Civil Veterinary Department. Madras. Admin. report 1926-33 - 1926-1933
Year: 1926
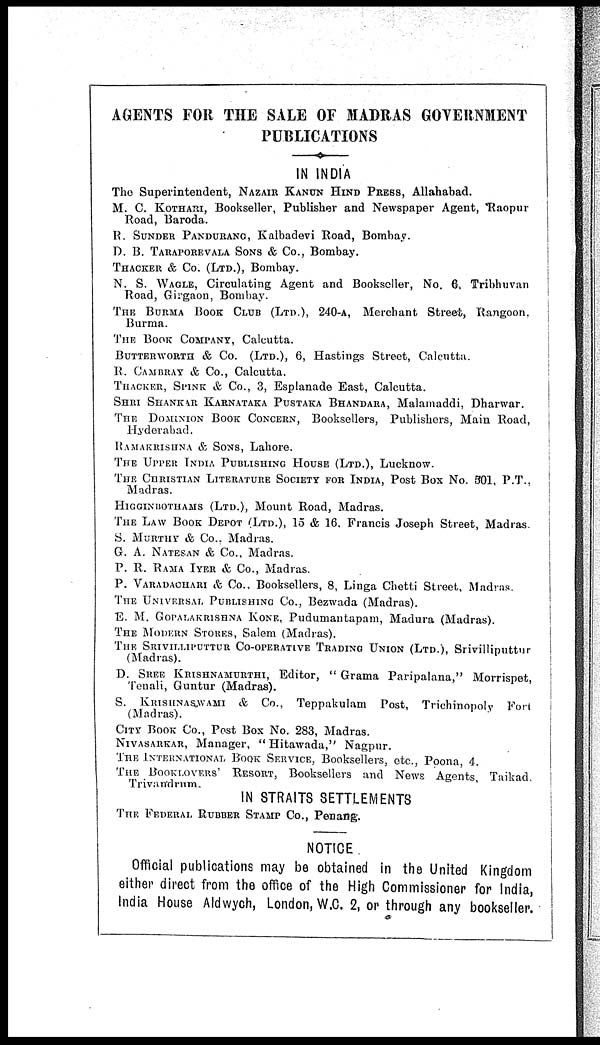
AGENTS FOR THE SALE OF MADRAS GOVERNMENT
PUBLICATIONS
IN INDIA
The Superintendent, NAZAIR KANUN HIND PRESS, Allahabad.
M. C. KOTHARI, Bookseller, Publisher and Newspaper Agent, Raopur
Road, Baroda.
R. SUNDER PANDURANG, Kalbadevi Road, Bombay.
D. B. TARAPOREVALA SONS & Co., Bombay.
THACKER & Co. (LTD.), Bombay.
N. S. WAGLE, Circulating Agent and Bookseller, No. 6. Tribhuvan
Road, Girgaon, Bombay.
THE
BURMA
BOOK
CLUB
(LTD.), 240-A,
Merchant Street,
Rangoon.
Burma.
THE BOOK COMPANY, Calcutta.
BUTTERWORTH
& Co. (LTD.), 6, Hastings Street, Calcutta.
R. CAMBRAY & Co., Calcutta.
THACKER, SPINK & Co., 3, Esplanade East, Calcutta.
SHRI
SHANKAR
KARNATAKA
PUSTAKA
BHANDARA, Malamaddi, Dharwar.
THE DOMINION BOOK CONCERN, Booksellers, Publishers, Main Road,
Hyderabad.
RAMAKRISHNA
& SONS, Lahore.
THE UPPER INDIA PUBLICATION HOUSE (LTD.), Lucknow.
THE CHRISTIAN LITERATURE SOCIETY FOR INDIA, Post Box No. 501, P.T.,
Madras.
HIGGINBOTHAMS
(LTD.), Mount Road, Madras.
THE LAW BOOK DEPOT (LTD.), 15 & 16, Francis Joseph Street, Madras.
S. MURTHY & Co., Madras.
G. A. NATESAN & Co., Madras.
P. R. RAMA IYER & Co., Madras.
P. VARDACHARI & Co., Booksellers, 8, Linga Chetti Street, Madras.
THE UNIVERSAL PUBLICATION Co., Bezwada (Madras).
E. M. GOPALAKRISHNA KONE, Pudumantapam, Madura (Madras).
THE MODERN STORES, Salem (Madras).
THE
SRIVILLIPUTTER
CO-OPERATIVE
TRADING
UNION
(LTD.), Srivilliputtur
(Madras).
D. SREE KRISHNAMURTI, Editor, " Grama Paripalana," Morrispet,
Tenali, Guntur (Madras).
S.
KRISHNAMURTHI
& Co., Teppakulam Post, Trichinopoly
Fori
(Madras).
CITY BOOK Co., Post Box No. 283, Madras.
NIVASARKAR, Manager, " Hitawada," Nagpur.
THE IINTERNATIONAL BOOK SERVICE, Booksellers, etc., Poona, 4.
THE BOOKLOVERS' RESORT, Booksellers and News Agents, Taikad.
Trivandrum.
IN STRAITS SETTLEMENTS
THE FEDERAL RUBBER STAMP Co., Penang.
NOTICE .
Official publications may be obtained in the United Kingdom
either direct from the office of the High Commissioner for India,
India House Aldwych, London, W.C. 2, or through any bookseller.